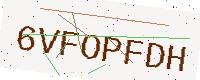
Text: 6VFOPFDH